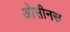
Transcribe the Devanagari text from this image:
ओसीनस